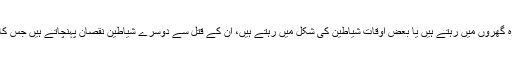
(یعنی جن سانپوں میں زہر نہیں ہوتا اور وہ گھروں میں رہتے ہیں یا بعض اوقات شیاطین کی شکل میں رہتے ہیں، ان کے قتل سے دوسرے شیاطین نقصان پہنچاتے ہیں جس کا ذکر اگلی حدیث میں وضاحت سے ہے )۔